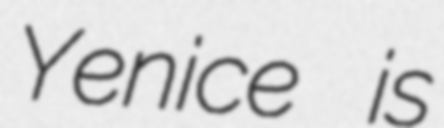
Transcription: Yenice is